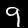
Label: 9